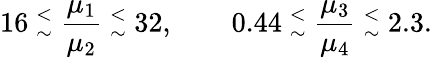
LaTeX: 16~{^<_{\sim}}~{\frac{\mu_{1}}{\mu_{2}}}~{^<_{\sim}}~32,\qquad 0.44~{^<_{\sim}}~{\frac{\mu_{3}}{\mu_{4}}}~{^<_{\sim}}~2.3.